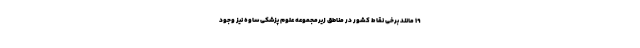
۱۹ مانند برخی نقاط کشور در مناطق زیرمجموعه علوم پزشکی ساوه نیز وجود